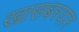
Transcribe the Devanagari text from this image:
खासबरदार